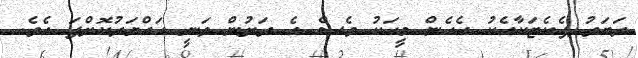
ރަބަރު ޕެކެޓަކާއެކު އެހެން މީހަކު ވެސް އެ ރަށުން ވަނީ ހައްޔަރުކޮށްފަ އެވެ.